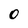
Character: 0